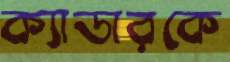
ক্যাডারকে